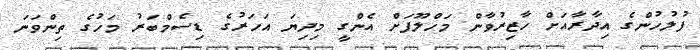
ފުލުހުންގެ އިދާރާއަށް ހާޒިރުވާން މަހްލޫފަށް އެންގީ މިދިޔަ އަހަރުގެ ޑިސެމްބަރު މަހުގެ ތިންވަނަ